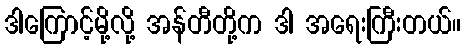
ဒါကြောင့်မို့လို့ အန်တီတို့က ဒါ အရေးကြီးတယ်။